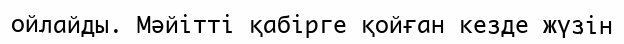
ойлайды. Мәйітті қабірге қойған кезде жүзін